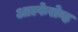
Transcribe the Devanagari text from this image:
आल्फेरोव्ह